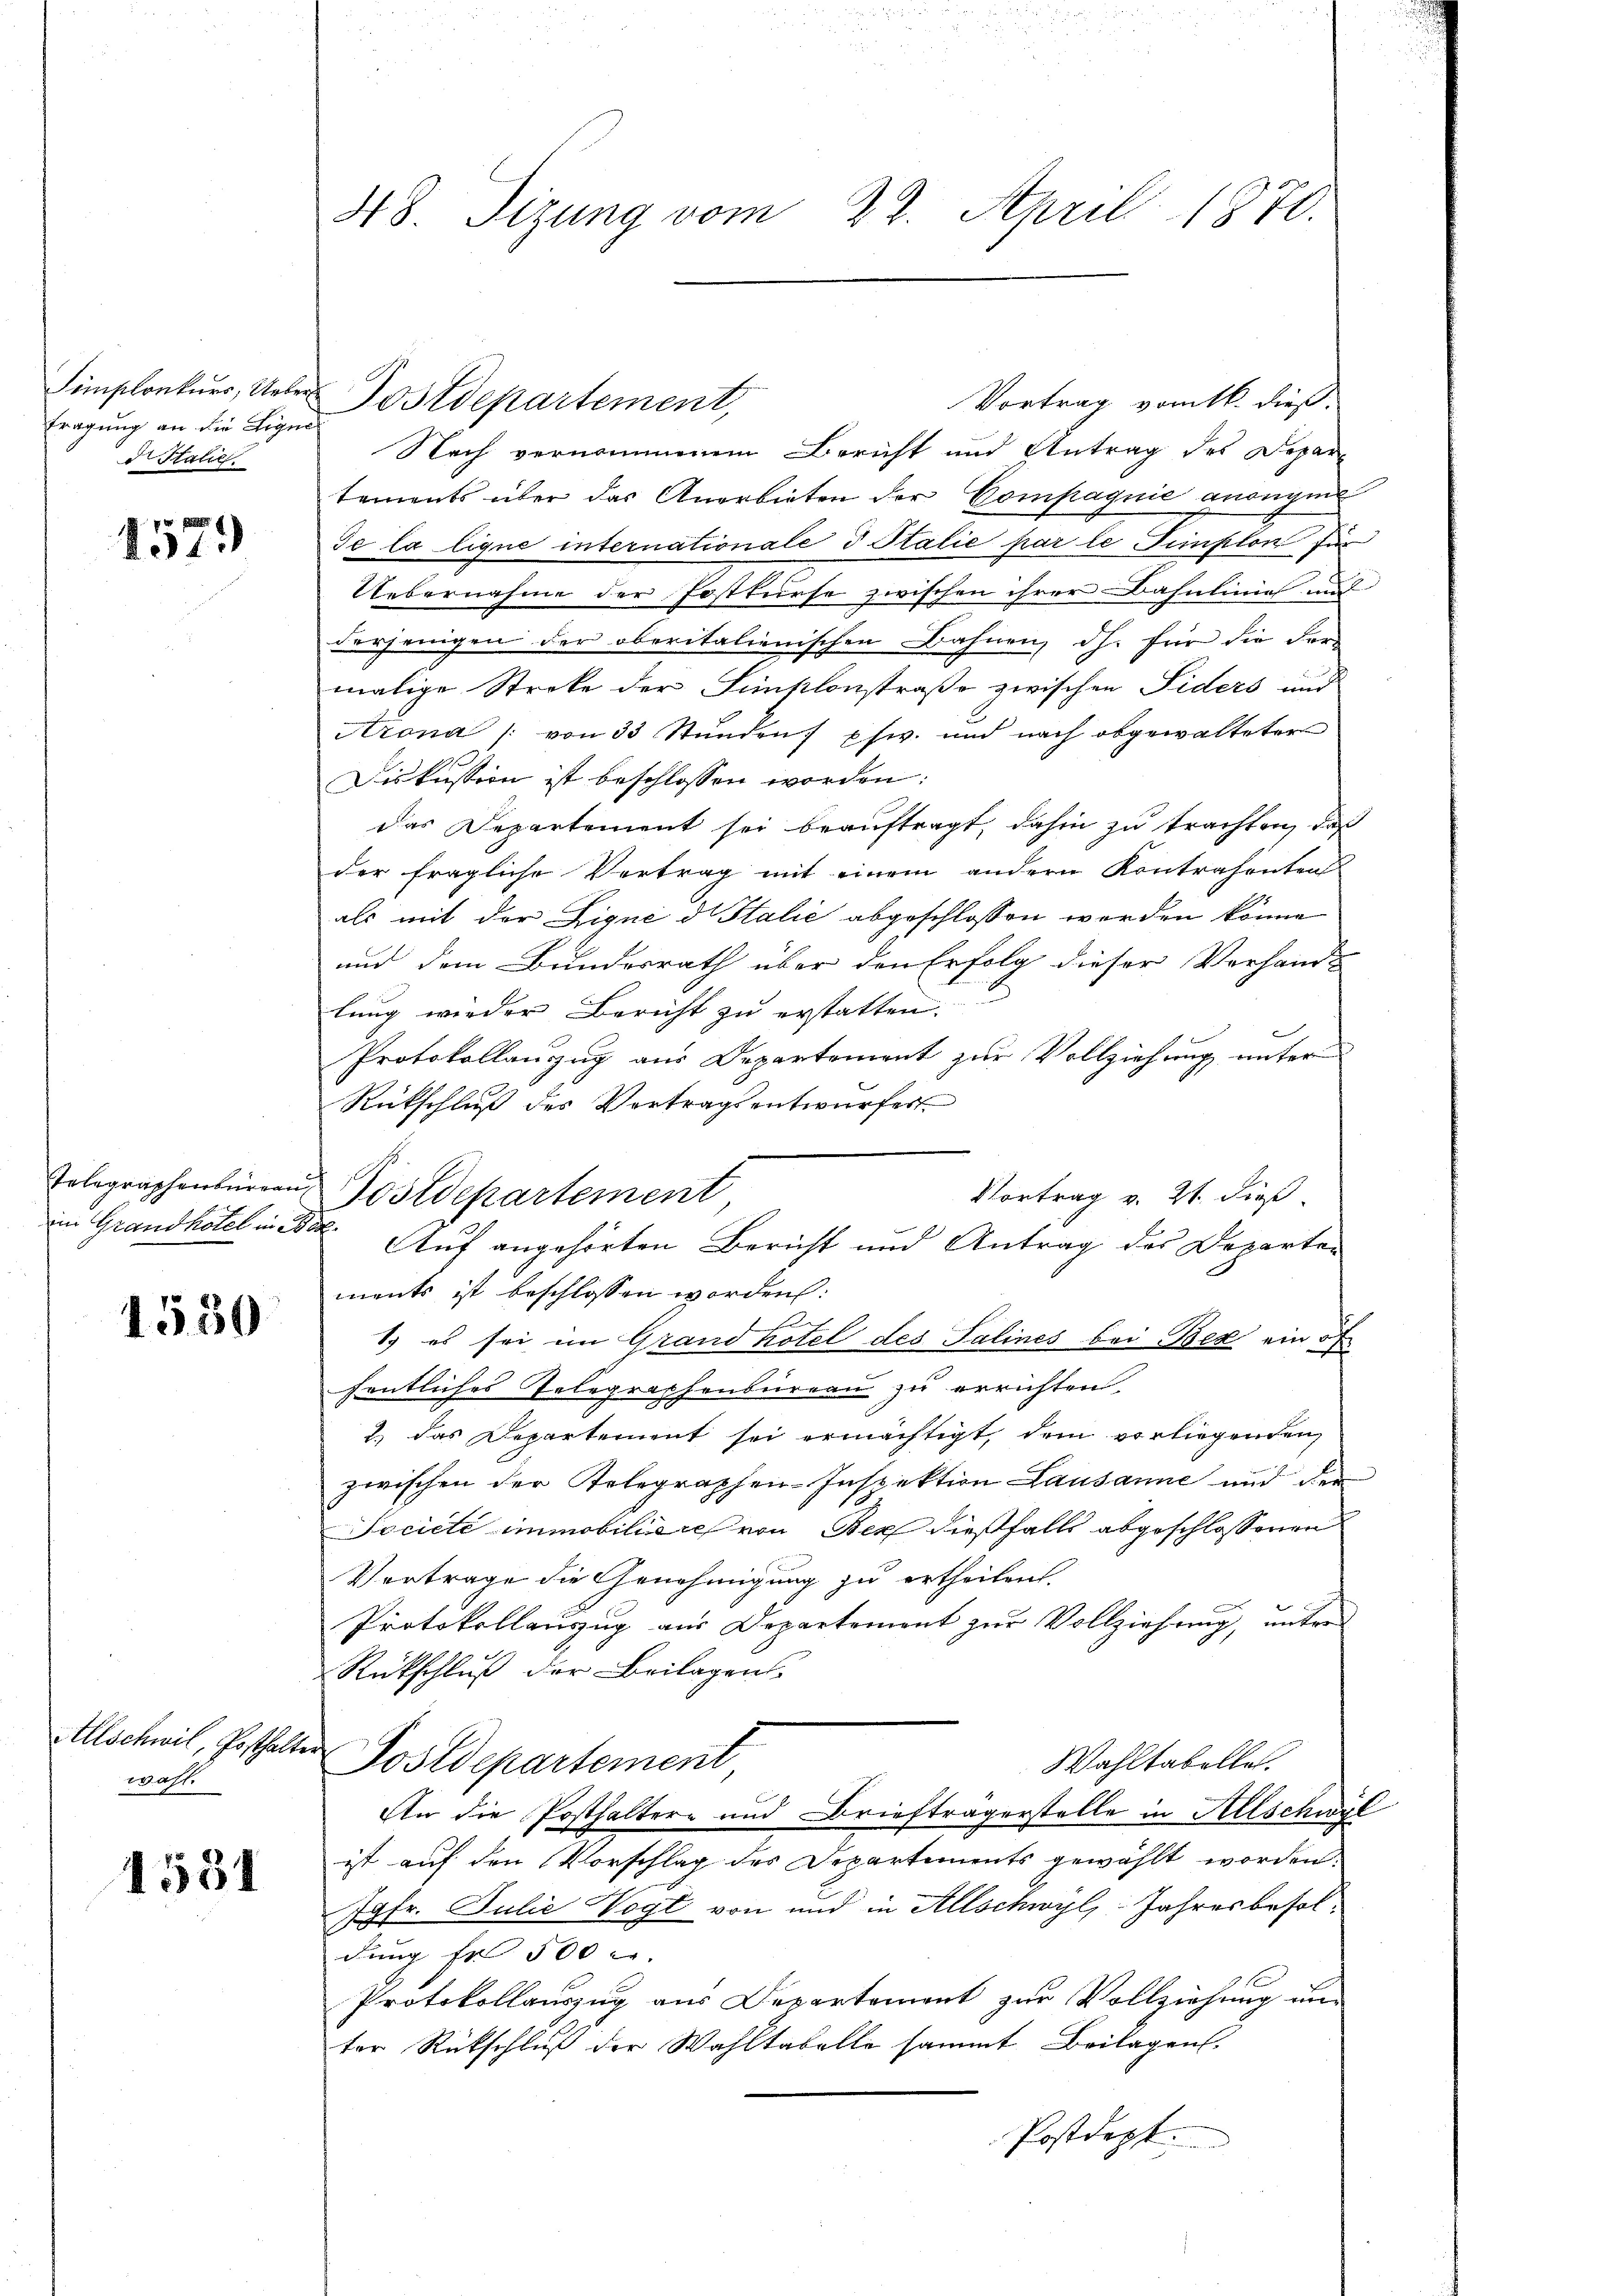
fragung an die Lique
d. Stalie

1579

1559

Allschwil, Posthalte
wahl.

1551

48. Sizung vom 22. April 1870.

implonkurs, Ueber Postdepartement,

Tolegraphenbüren Postdepartement

Vortrag vom 16. dieß:
Nach vernommenem Bericht und Antrag des Departements über das Anerbieten der Compagnie anonymi
de la lique internationale d Italie par le Simplon für
Uebernahme der Postkurse zwischen ihrer Bahnlinie und
derjenigen der oberitalienischen Bahnen, dh. für die Fermalige Streke der Finslonstraße zwischen Fiders und
Arona von 33 Stŭnden phw. und nach abgewalteter
Diskussion ist beschlossen worden:
das Departement sei beauftragt, dahin zu trachten, daß
der fragliche Vertrag mit einem andern Kontrahenten
als mit der Liqué d Italie abgeschlossen worden könne
und dem Bundesrath über den Erfolg dieser Vorhand-
lung wieder Bericht zu erstatten.
Protokollauzug aus Departement zur Vollziehung unter
Rückschluß des Vortragsentwurfes
Vortrag v. 21. dieß
ments ist beschlossen worden:
s
1.) es sei im Grand hotel des Salines bei Bex ein of
fentliches Telegraphenbureau zu errichten.
2.) das Departement sei ermächtigt, dem vorliegenden
zwischen der Telegraphen-Inspektion Lausanne und der
Société immobiliares von Berf dießfalls abgeschlossenen
Vertrage die Genehmigung zu ertheilen.
Protokollauszug aus Departement zur Vollziehung, unter
Rückschluß der Beilagen.
Postdepartement
Wahltabelles.
An die Posthaltern und Briefträgerstelle in Allschwyl
ist auf den Vorschlag des Departements gewählt worden.
Jgfr. Julie Vogt von und in Allschwyl, Jahresbesoldung fr 500 r. |
Protokollauszug aus Departement zur Vollziehung un
ter Rückschluß der Wahltabelle sammt Beilagen.
Postdept.

im Grandhotel in der Auf angehörten Bericht und Antrag des Departe¬